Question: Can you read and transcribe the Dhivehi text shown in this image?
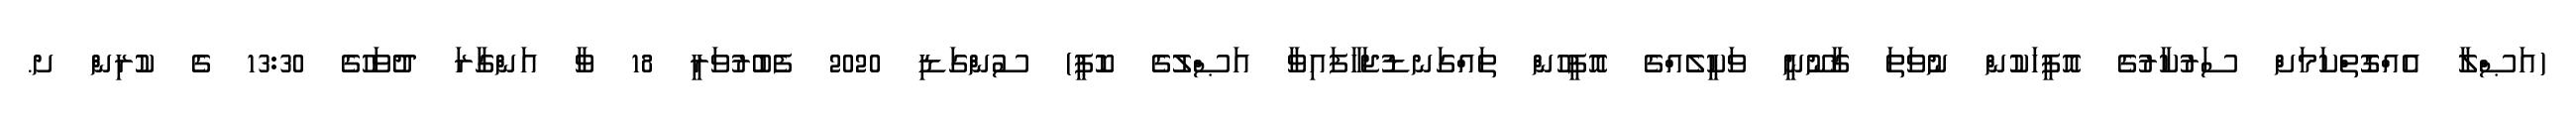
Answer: (އަޞްލާ އެއްގޮތްކަމަށް ސަރުކާރުގެ އޮފީހަކުން ނުވަތަ ޤާނޫނީ ވަކީލެއްގެ އޮފީހުން ތައްގަނޑުޖަހާފައިވާ އަޞްލުގެ ކޮޕީ) ސުންގަޑި 2020 ފެބުރުވަރީ 18 ވާ އަންގާރަ ދުވަހުގެ 13:30 ގެ ކުރިން ށ.